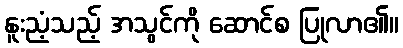
နူးညံ့သည့် အသွင်ကို ဆောင်စ ပြုလာ၏။